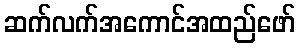
ဆက်လက်အကောင်အထည်ဖော်